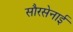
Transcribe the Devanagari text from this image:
सौरसेनाई